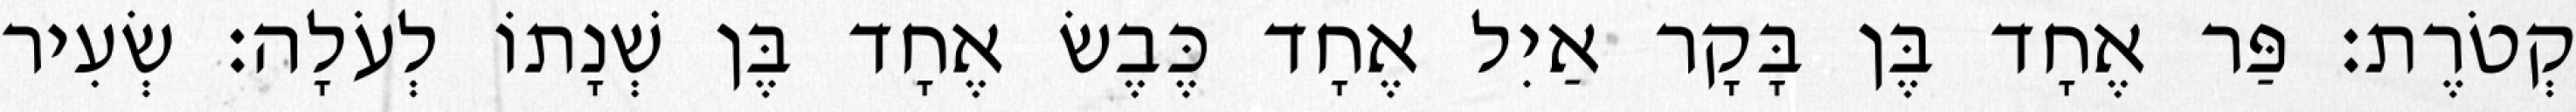
קְטֹרֶת׃ פַּר אֶחָד בֶּן בָּקָר אַיִל אֶחָד כֶּבֶשׂ אֶחָד בֶּן שְׁנָתוֹ לְעֹלָה׃ שְׂעִיר